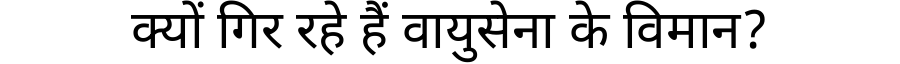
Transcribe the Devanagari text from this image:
क्यों गिर रहे हैं वायुसेना के विमान?